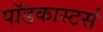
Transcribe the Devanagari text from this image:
पॉडकास्टर्स